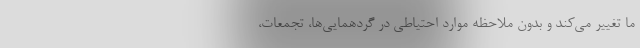
ما تغییر می‌کند و بدون ملاحظه موارد احتیاطی در گردهمایی‌ها، تجمعات،